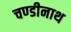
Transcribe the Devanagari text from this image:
चण्‍डीनाथ